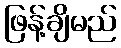
ဖြန့်ချိမည်